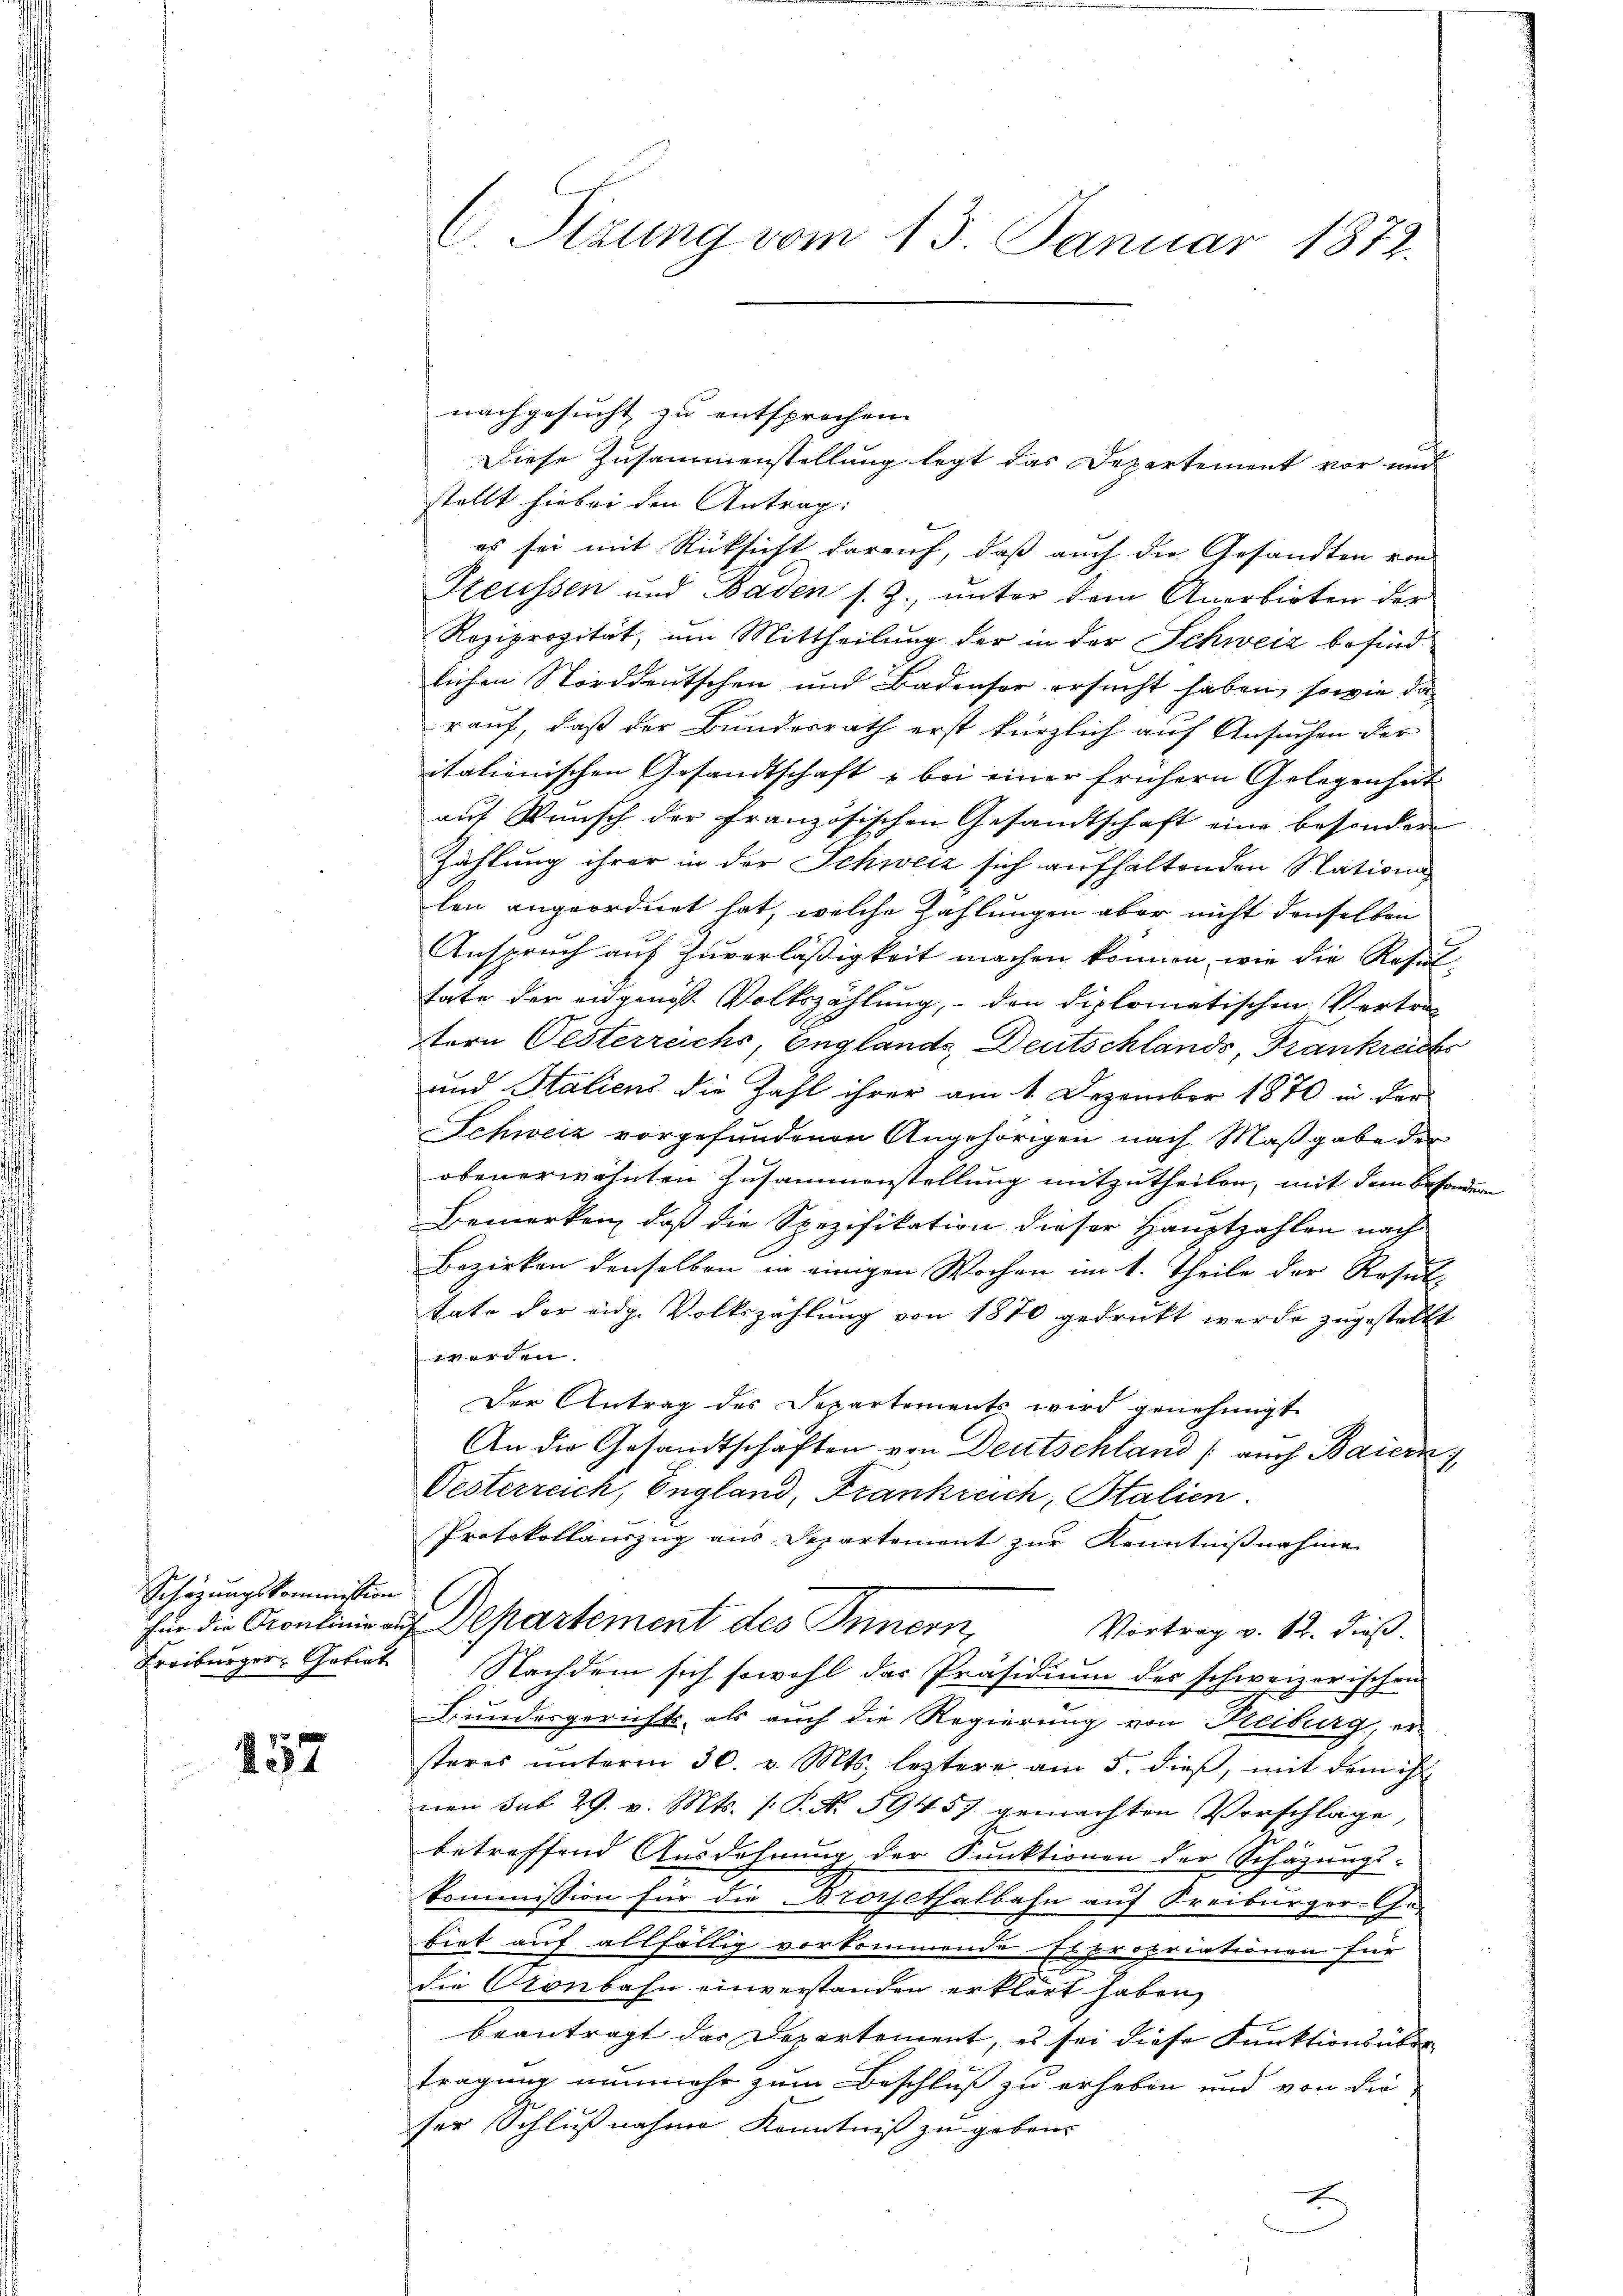
Schazungskommission
Freiburger, Gotiat

457

C Sizung vom 13. Januar 1872.

nachgesucht zu entsprochen.
Diese Zusammenstellung legt das Departement vor und
stellt hiebei den Antrag:
es sei mit Rücksicht darauf, daß auch die Gesandten von
Preussen und Baden s. Z., unter dem Anerbieten der
Reziprozität, um Mittheilung der in der Schweiz befindlichen Norddeutschen und Badenser ersucht haben, sowie das
rauf, daß der Bundesrath erst kürzlich auf Ansuchen der
italienischen Gesandtschaft u bei einer frühern Gelegenheit
auf Wunsch der französischen Gesandtschaft eine besondere
Zählung ihrer in der Schweiz sich aufhaltenden Nationalen angeordnet hat, welche Zahlungen aber nicht denselben
Anspruch auf Zuverläßigkeit machen können, wie die Resul
tate der eidgenöss. Volkszählung, den diplomatischen Vertra-
tern Oesterreichs Englands, Deutschlands, Frankreichs
und Saliens die Zahl ihrer am 1. Dezember 1870 in der
Schweiz vorgefundenen Angehörigen nach Maßgabe der
obenerwähnten Zusammenstellung mitzutheilen, mit dem Besondern
Bemerken, daß die Spezifikation dieser Hauptzahlen nach
Bezirken denselben in einigen Wochen im 1. Theile der Resul-
tate der eidg. Volkszahlung von 1870 gedruckt werde zugestellt
werden.
Der Antrag des Departements wird genehmigt
An die Gesandtschaften von Deutschland / auch Baiern),
Oesterreich, England, Frankreich, Stalien.
Protokollauszug aus Departement zur Kenntnißnahme
für die Oculinie aus Departement des Innern,
Vortrag v. 12. dieß.
Nachdem sich sowohl das Präsidium des schweizerischen
Bundesgerichts, als auch die Regierung von Reiburg, er
steres ŭnterm 30. v. Mts. leztere am 5. dieβ, mit dem ihr
nen sub 29. v. Mts. (: P. N. 59457 gemachten Vorschläge,
f
betreffend Ausdehnung der Funktionen der Schäzungs-
kommission für die Brorsethalbahn auf Freiburger-Ge-
biet auf allfällig vorkommende Es propriationen für
die Kronbahn einverstanden erklärt haben,
beantragt das Departement, es sei diese Funktions über
tragung nunmehr zum Beschluß zu erheben und von die
ser Schlußnahme Kenntniß zu geben.